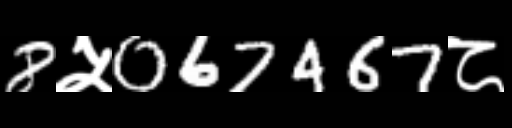
Text: 8५067467८